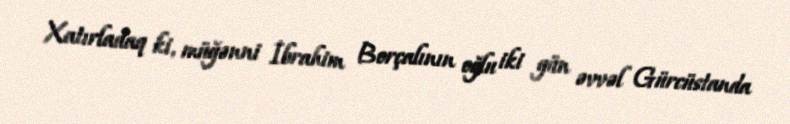
Xatırladaq ki, müğənni İbrahim Borçalının oğlu iki gün əvvəl Gürcüstanda